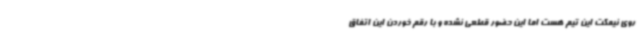
روی نیمکت این تیم هست اما این حضور قطعی نشده و با رقم خوردن این اتفاق